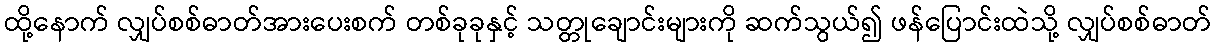
ထို့နောက် လျှပ်စစ်ဓာတ်အားပေးစက် တစ်ခုခုနှင့် သတ္တုချောင်းများကို ဆက်သွယ်၍ ဖန်ပြောင်းထဲသို့ လျှပ်စစ်ဓာတ်